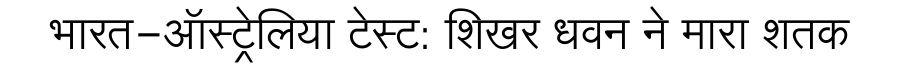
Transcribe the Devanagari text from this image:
भारत-ऑस्ट्रेलिया टेस्ट: शिखर धवन ने मारा शतक